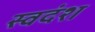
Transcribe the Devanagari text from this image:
स्वदंश